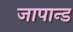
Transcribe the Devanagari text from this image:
जापान्ड